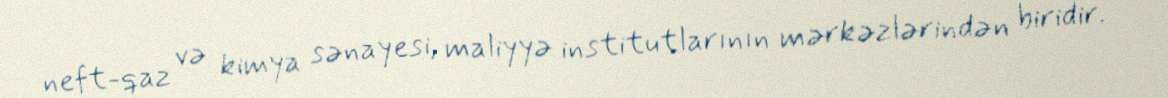
neft-qaz və kimya sənayesi, maliyyə institutlarının mərkəzlərindən biridir.